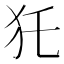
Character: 𤜤